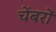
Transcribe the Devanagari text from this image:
चेंबरों